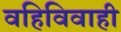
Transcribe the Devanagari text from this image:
वहिविवाही